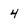
Character: 4